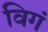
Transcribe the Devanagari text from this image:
विगं